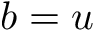
b = u